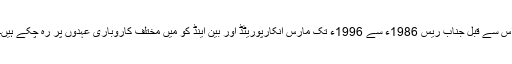
اس سے قبل جناب ریس 1986ء سے 1996ء تک مارس انکارپوریٹڈ اور بین اینڈ کو میں مختلف کاروباری عہدوں پر رہ چکے ہیں۔